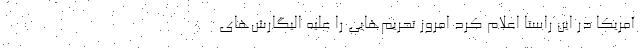
آمریکا در این راستا اعلام کرد امروز تحریم‌هایی را علیه الیگارش‌های